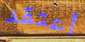
أعتقد